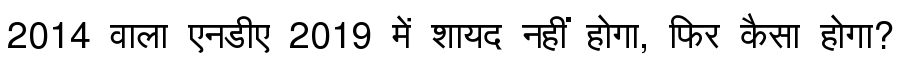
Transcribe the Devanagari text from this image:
2014 वाला एनडीए 2019 में शायद नहीं होगा, फिर कैसा होगा?